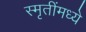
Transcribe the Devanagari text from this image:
स्मृतींमध्ये